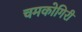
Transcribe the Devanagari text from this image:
चमकोगिरी